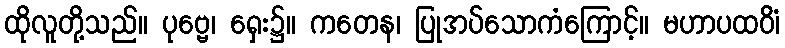
ထိုလူတို့သည်။ ပုဗ္ဗေ၊ ရှေး၌။ ကတေန၊ ပြုအပ်သောကံကြောင့်။ မဟာပထဝိံ၊